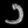
Digit: ၁